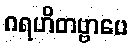
ဂရဟိတဗ္ဗာပေ